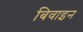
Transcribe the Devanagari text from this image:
बिवाइन